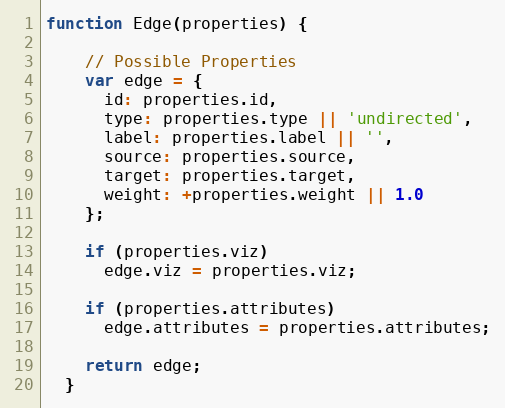
Language: JavaScript
function Edge(properties) {

    // Possible Properties
    var edge = {
      id: properties.id,
      type: properties.type || 'undirected',
      label: properties.label || '',
      source: properties.source,
      target: properties.target,
      weight: +properties.weight || 1.0
    };

    if (properties.viz)
      edge.viz = properties.viz;

    if (properties.attributes)
      edge.attributes = properties.attributes;

    return edge;
  }